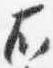
右